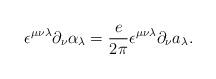
LaTeX: \begin{align*}\epsilon ^{\mu\nu\lambda}\partial_\nu \alpha_\lambda = \frac{e}{2\pi} \epsilon^{\mu\nu\lambda}\partial_\nu a_\lambda .\end{align*}